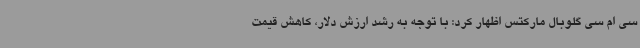
سی ام سی گلوبال مارکتس اظهار کرد: با توجه به رشد ارزش دلار، کاهش قیمت